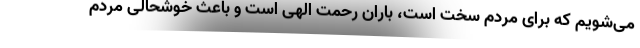
می‌شویم که برای مردم سخت است، باران رحمت الهی است و باعث خوشحالی مردم